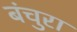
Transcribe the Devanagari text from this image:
बंचुरा